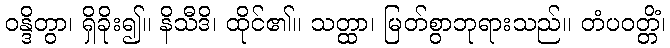
ဝန္ဒိတွာ၊ ရှိခိုး၍။ နိသီဒိ၊ ထိုင်၏။ သတ္ထာ၊ မြတ်စွာဘုရားသည်။ တံပဝတ္တိံ၊